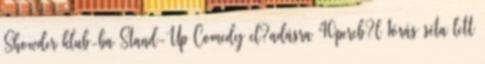
Showder klub-ba Stand-Up Comedy el?adásra 40percb?l 1órás séta lett